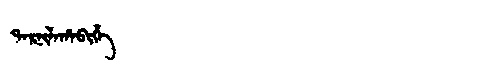
Manchu: ᡨᠠᡵᠨᡳᠯᠠᡥᠠᠪᡳᡥᡝ
Romanization: TARNILAHABIHE